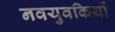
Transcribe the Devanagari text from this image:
नवयुवकियों